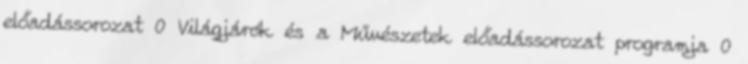
előadássorozat 0 Világjárók és a Művészetek előadássorozat programja 0